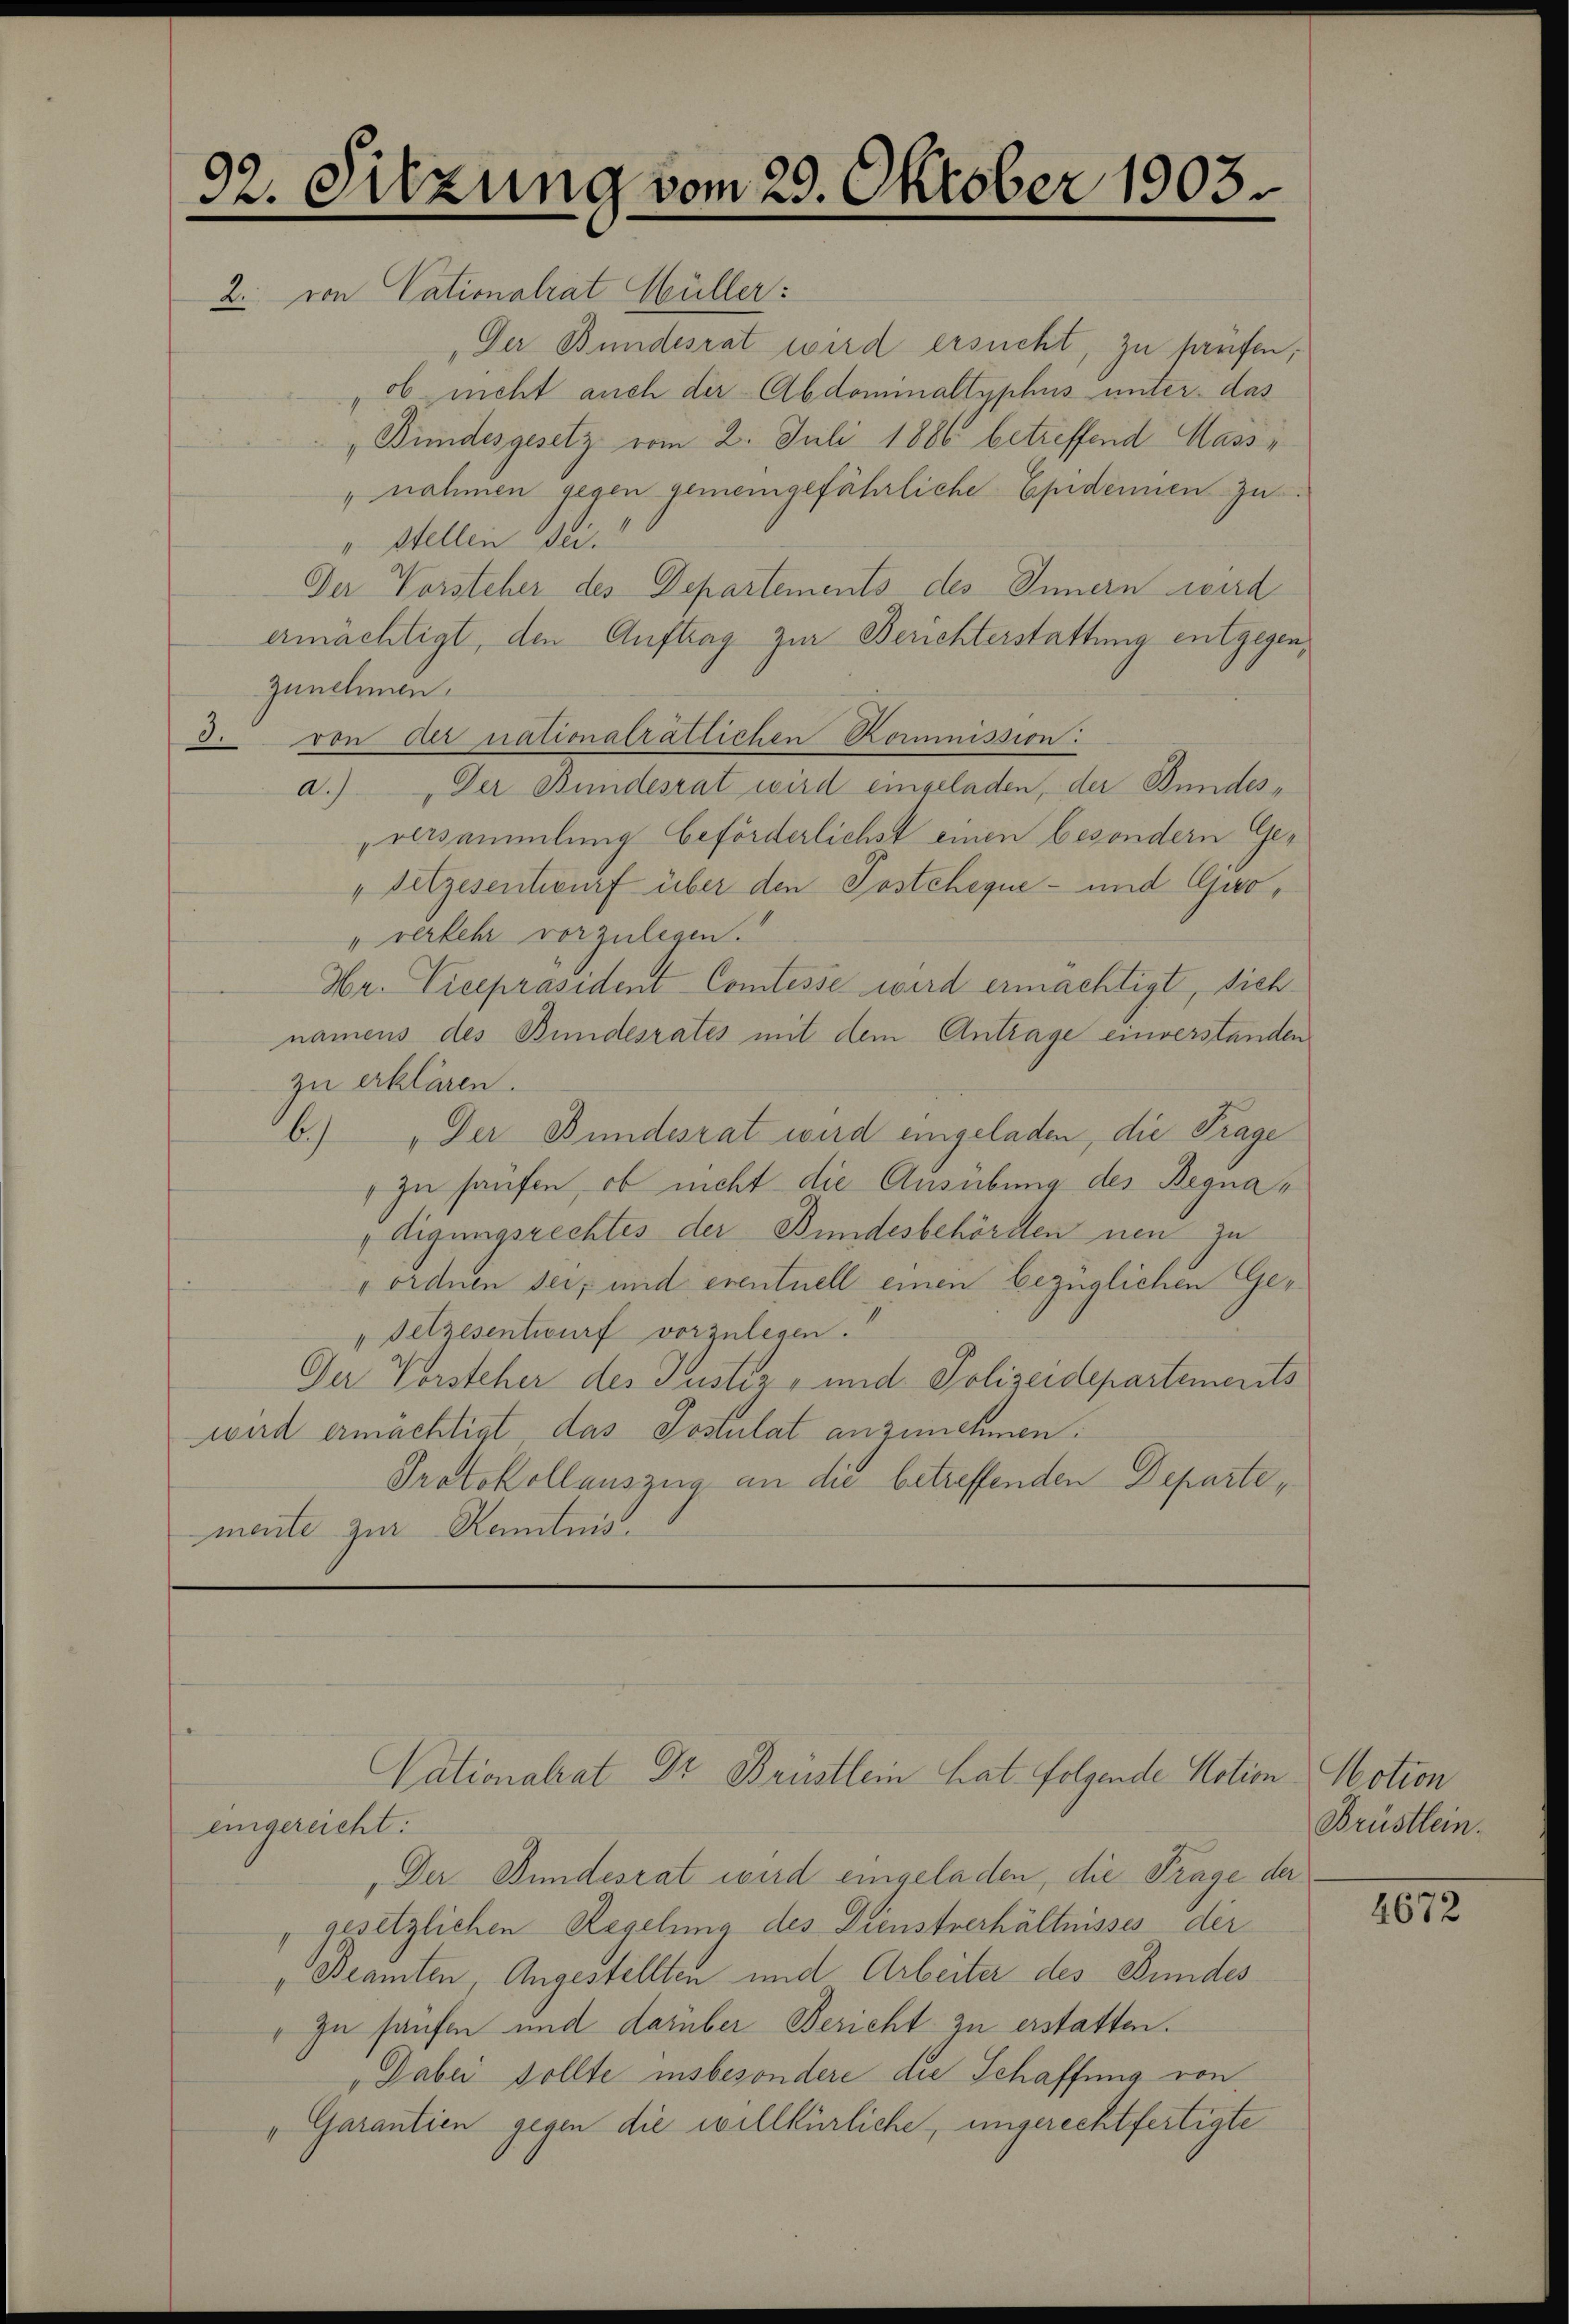
92. Sitzung vom 23. Oktober 1903.

2. von Cationalrat Müller:
Der Bundesrat wird ersucht, zu prüfen;
„ob nicht auch der Abdominaltyphus unter das
„Bundesgesetz vom 2. Juli 1886 betreffend Mass-
„nahmen gegen gemeingefährliche Epidemien zu
" Stellen Sei
Der Vorsteher des Departements des Innern wird
ermächtigt, den Auftrag zur Berichterstattung entgegenzunehmen.
3. von der nationalrätlichen Kommission:
a.) Der Bundesrat wird eingeladen, der Bundesversammlung beförderlichst einen besondern Ge¬
" Setzesentwurf über den Postcheque- und Gro¬
" verkehr vorzulegen.
Hr. Vicepräsident Comtesse wird ermächtigt, sichnamens des Bundesrates mit dem Antrage einverstanden
zu erklären.
b.) Der Bundesrat wird eingeladen, die Trage
 zu haufen, ob nicht die Ausübung der Begna¬
"digungsrechtes der Bundesbehörden neu zu
" ordnen sei, und eventuell einen bezüglichen Ge¬
Setzesentwurf vorzulegen.
Der Vorsteher des Justiz- und Polizeidepartements
wird ermächtigt das Postulat anzunehmen:
Protokollauszug an die betreffenden Departe,
mente zur Kenntnis.

eingereicht:
„Der Bundesrat wird eingeladen, die Frage
"gesetzlichen Regelung des Dienstverhältnisses der
"Beamten, Angestellten und Arbeiter des Bundes
" zu haufen und darüber Bericht zu erstatten.
Dabei sollte insbesondere die Schaffung von
„Garantien gegen die willkürliche, ungerechtfertigte

Vationalrat Dr. Brüstlein hat. folgende Notiz

in Motion
Brüstlein.
da

4672